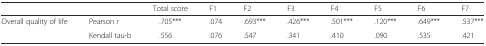
<table><thead><tr><td colspan="2"></td><td><b>Total score</b></td><td><b>F1</b></td><td><b>F2</b></td><td><b>F3</b></td><td><b>F4</b></td><td><b>F5</b></td><td><b>F6</b></td><td><b>F7</b></td></tr></thead><tbody><tr><td>Overall quality of life</td><td>Pearson <i>r</i></td><td>.705***</td><td>.074</td><td>.693***</td><td>.426***</td><td>.501***</td><td>.120***</td><td>.649***</td><td>.537***</td></tr><tr><td></td><td>Kendall tau-b</td><td>.556</td><td>.076</td><td>.547</td><td>.341</td><td>.410</td><td>.090</td><td>.535</td><td>.421</td></tr></tbody></table>